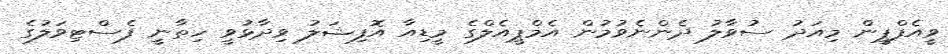
ވީއެފްޕީން މިއަދު ސުވާލު ދެންނެވުމުން އެމްޕީއެލްގެ މީޑިއާ އޮފިޝަލު ވިދާޅުވީ ހިތާނީ ފެސްޓިވަލުގެ